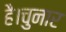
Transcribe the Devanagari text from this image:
है।चुनार